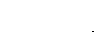
ရွှေဥဒေါင်း